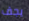
يجف